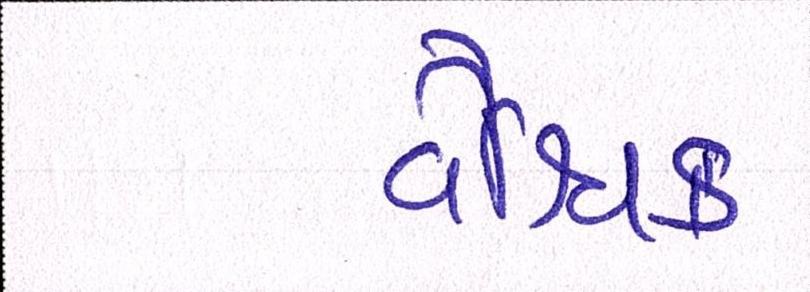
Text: વૈશ્વિક